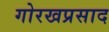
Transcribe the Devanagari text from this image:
गोरखप्रसाद